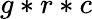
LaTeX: g*r*c